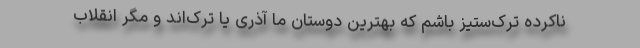
ناکرده ترک‌ستیز باشم که بهترین دوستان ما آذری یا ترک‌اند و مگر انقلاب